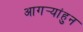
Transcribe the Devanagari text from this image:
आगर्‍यांहुन